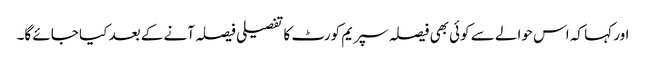
اور کہا کہ اس حوالے سے کوئی بھی فیصلہ سپریم کورٹ کا تفصیلی فیصلہ آنے کے بعد کیا جائے گا۔